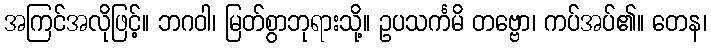
အကြင်အလိုဖြင့်။ ဘဂဝါ၊ မြတ်စွာဘုရားသို့။ ဥပသင်္ကမိ တဗ္ဗော၊ ကပ်အပ်၏။ တေန၊